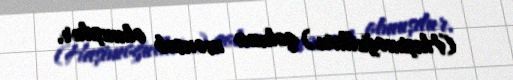
(Haşimoğulları) qoluna mənsub olmuşdur.